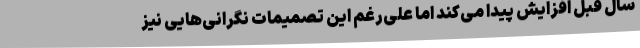
سال قبل افزایش پیدا می‌کند اما علی‌رغم این تصمیمات نگرانی‌هایی نیز